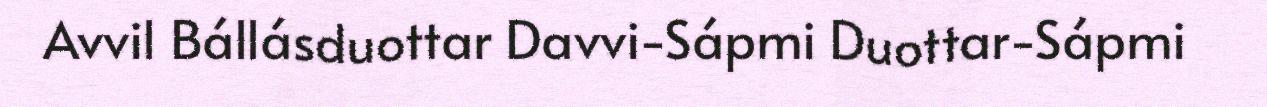
Avvil Bállásduottar Davvi-Sápmi Duottar-Sápmi